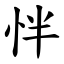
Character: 怑